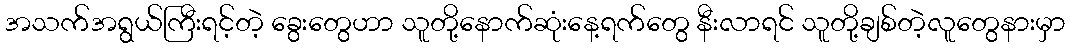
အသက်အရွယ်ကြီးရင့်တဲ့ ခွေးတွေဟာ သူတို့နောက်ဆုံးနေ့ရက်တွေ နီးလာရင် သူတို့ချစ်တဲ့လူတွေနားမှာ